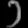
Digit: ၁